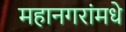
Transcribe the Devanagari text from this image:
महानगरांमधे